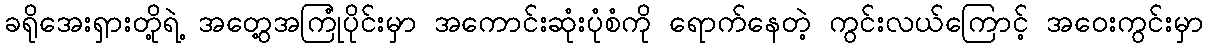
ခရိုအေးရှားတို့ရဲ့ အတွေ့အကြုံပိုင်းမှာ အကောင်းဆုံးပုံစံကို ရောက်နေတဲ့ ကွင်းလယ်ကြောင့် အဝေးကွင်းမှာ